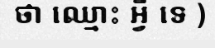
ថា ឈ្មោះ អ្វី ទេ )